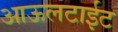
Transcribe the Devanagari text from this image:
आऊलटाईट